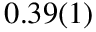
0 . 3 9 ( 1 )